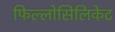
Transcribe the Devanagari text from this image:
फिल्लोसिलिकेट